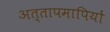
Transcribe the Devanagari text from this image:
अत्तापमापियों